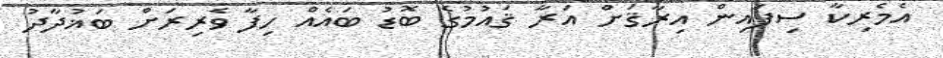
އެމެރިކާ ސިފައިން އިރާޤަށް އަރާ ޤައުމުގެ ބޮޑު ބައެއް ހިފާ ވެރިރަށް ބަޣުދާދު